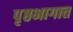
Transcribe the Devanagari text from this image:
पृष्ठभागात